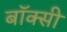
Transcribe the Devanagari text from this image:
बॉक्सी